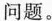
问题。